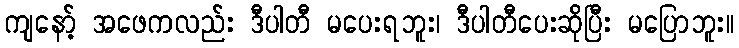
ကျနော့် အဖေကလည်း ဒီပါတီ မပေးရဘူး၊ ဒီပါတီပေးဆိုပြီး မပြောဘူး။